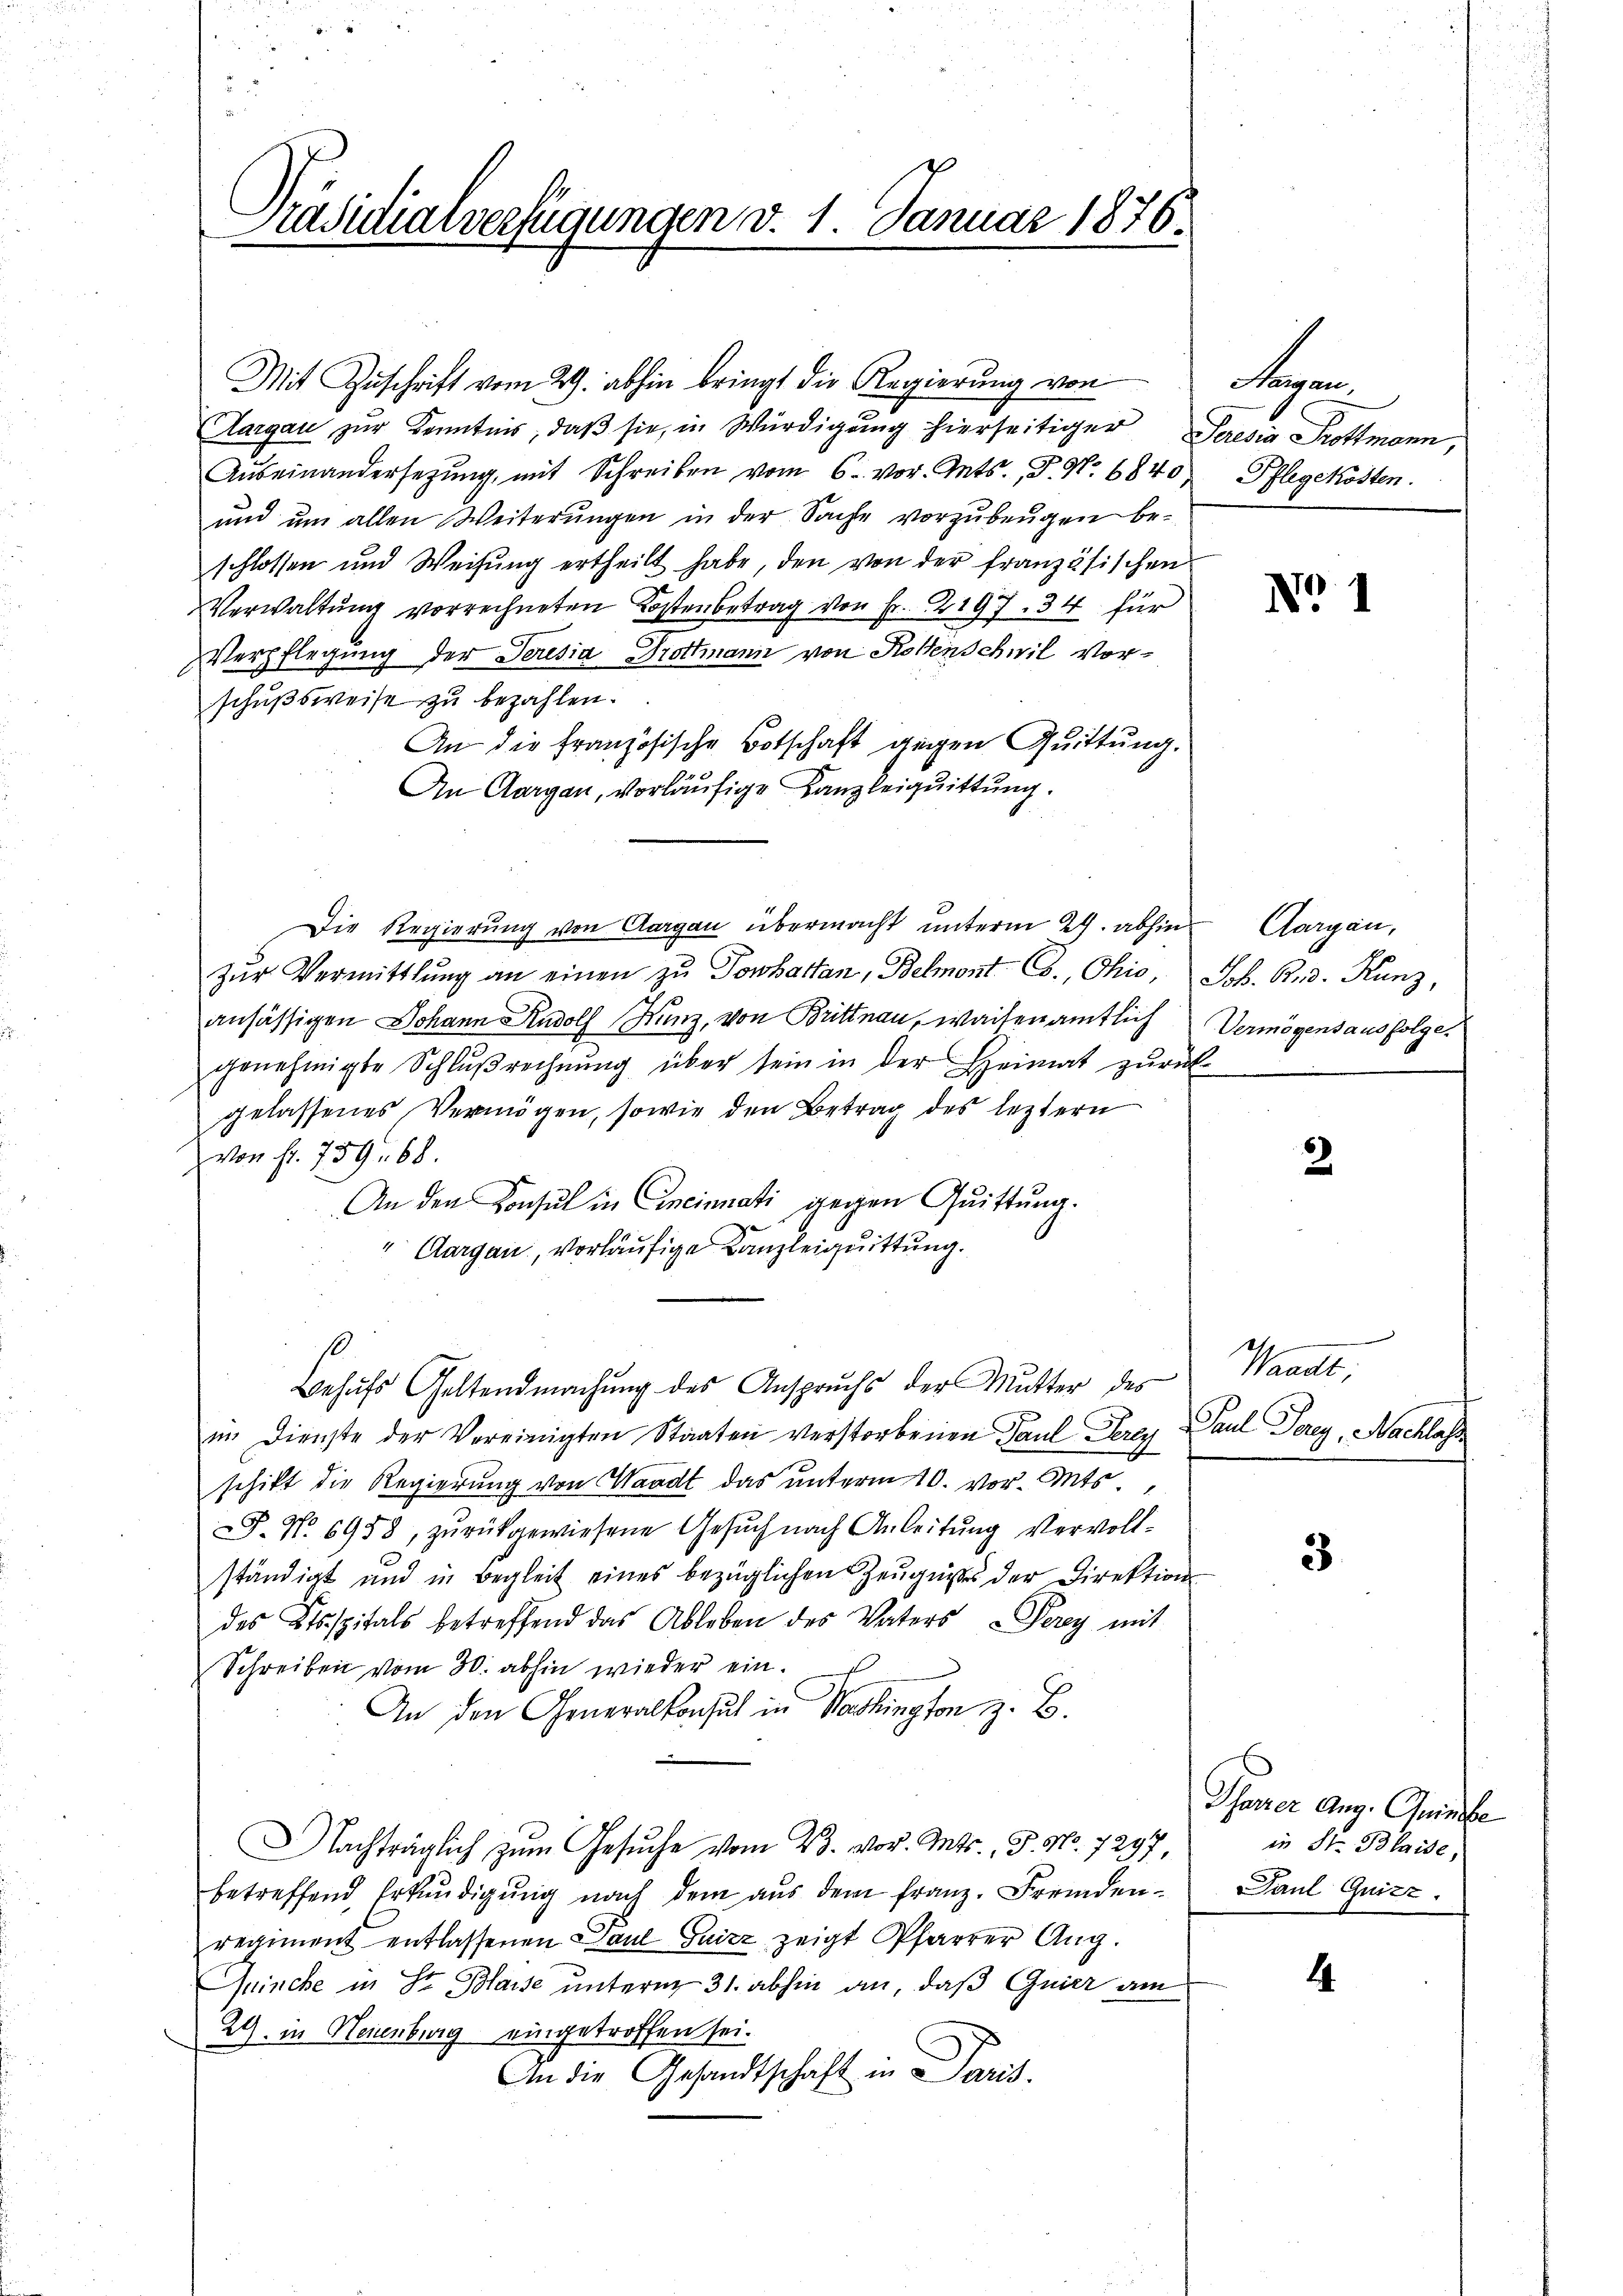
Präsidialverfügungen d. 1. Januar 1876.

Mit Zŭschrift vom 29. abhin bringt die Regierung von
Aargau zŭr Kenntnis, daβ sie, in Würdigŭng hierseitiger Seresia Trottmann,
Aŭseinandersetzŭng, mit Schreiben vom 6. vor. Ants., P. Nr. 6840 Pflegekosten.
und um allen Weiterungen in der Sache vorzubeugen beschlossen und Weisŭng ertheilt habe, den von der französischen
Verwaltŭng vorrechneten Kostenbetrag von Fr. 2197. 34 für
Verpflegung der Seresia Trottmann von Kostenschwil Vorschußsweise zu bezahlen.
An die französische Botschaft gegen Quittung.
An Aargau, vorläufige Kanzleiquittung.
Die Regierung von Aargau übermacht unterm 29. abhin Aargau,
zŭr Vermittlung an einen zŭ Tonharten, Belmont. Co., Ohio, Joh. Rud. Kunz,
ansässigen Johann Rudolf Kunz, von Brittnau, weiten amtlich
genehmigte Schlŭβrechnŭng über sein in der Heimat zŭrück
gelassenes Vermögen, sowie den Betrag des leztern
von fr. 759. 68.
An den Konsul in Cincinnati gegen Quittung.
 Aargau, vorläufige Kanzleiquittung.
Behŭfs Geltendmachŭng des Anspruchs der Mutter des
im Dienste der Vereinigten Staaten verstorbenen Paul Perey
schikt die Regierung von Waadt das unterm 10. vor. Mts
F. No 6958, zŭrückgewiesene Gesŭch nach Anleitŭng vervoll-
ständigt und in Begleit eines bezüglichen Zeugnisses der Direktion
des Ktsspitals betreffend das Ableben des Vaters - Perey mit
Schreiben vom 30. abhin wieder ein.
An den Generalkonsul in Washington z. B.
Nachträglich zum Gesŭche vom 23. vor. Mts. S. Nr. 7297,
betreffend Erkundigŭng nach dem aŭs dem franz. Fremden-
regiment entlassenen Paul Guizz zeigt Pfarrer Aug.
Quinche in Sr. Blasse unterm 31. abhin an, daß Guier am
24. in Neuenburg eingetroffen sei.
An die Gesandtschaft in Paris.

Hargau,

No 1

Vermögensausfolge.

2

Waadt,
Paul Parg, Nachlas

3

Pfarrer Aug. Quinsbe
in St. Blaise,
Paul Quitz.

4